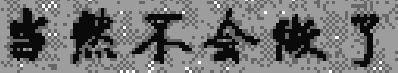
当然不会做了